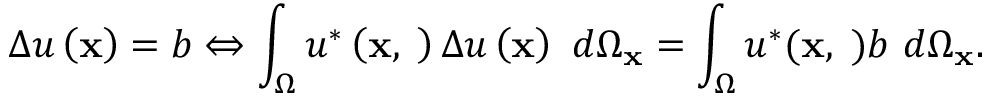
\Delta u \left( \mathbf { x } \right) = b \Leftrightarrow \int _ { \Omega } u ^ { * } \left( \mathbf { x } , { \mathbf \xi } \right) \Delta u \left( \mathbf { x } \right) \ d \Omega _ { \mathbf { x } } = \int _ { \Omega } u ^ { * } ( \mathbf { x } , { \mathbf \xi } ) b \ d \Omega _ { \mathbf { x } } .